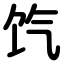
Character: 饩